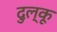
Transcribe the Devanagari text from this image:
दुल्कू